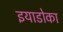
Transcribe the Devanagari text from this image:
इयाडोका